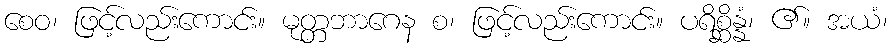
စေဝ၊ ဖြင့်လည်းကောင်း။ မုတ္တဘာဂေန စ၊ ဖြင့်လည်းကောင်း။ ပရိစ္ဆိန္နံ၊ ၏။ အယံ၊